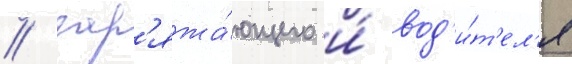
/ зар'яжа́ющего и́ вод'и́т'ел'я